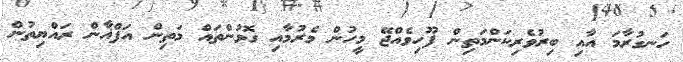
ހަނގުރާމަ އާއި ބިރުވެރިކަންމަތިން ފޫހިވެއްޖޭ މީހުން މެރުމާއި ގޮވުންތައް މަތިން އަފްޣާން ރައްޔިތުން